Jaan_Tonisson_(Lasteleht), lk 287
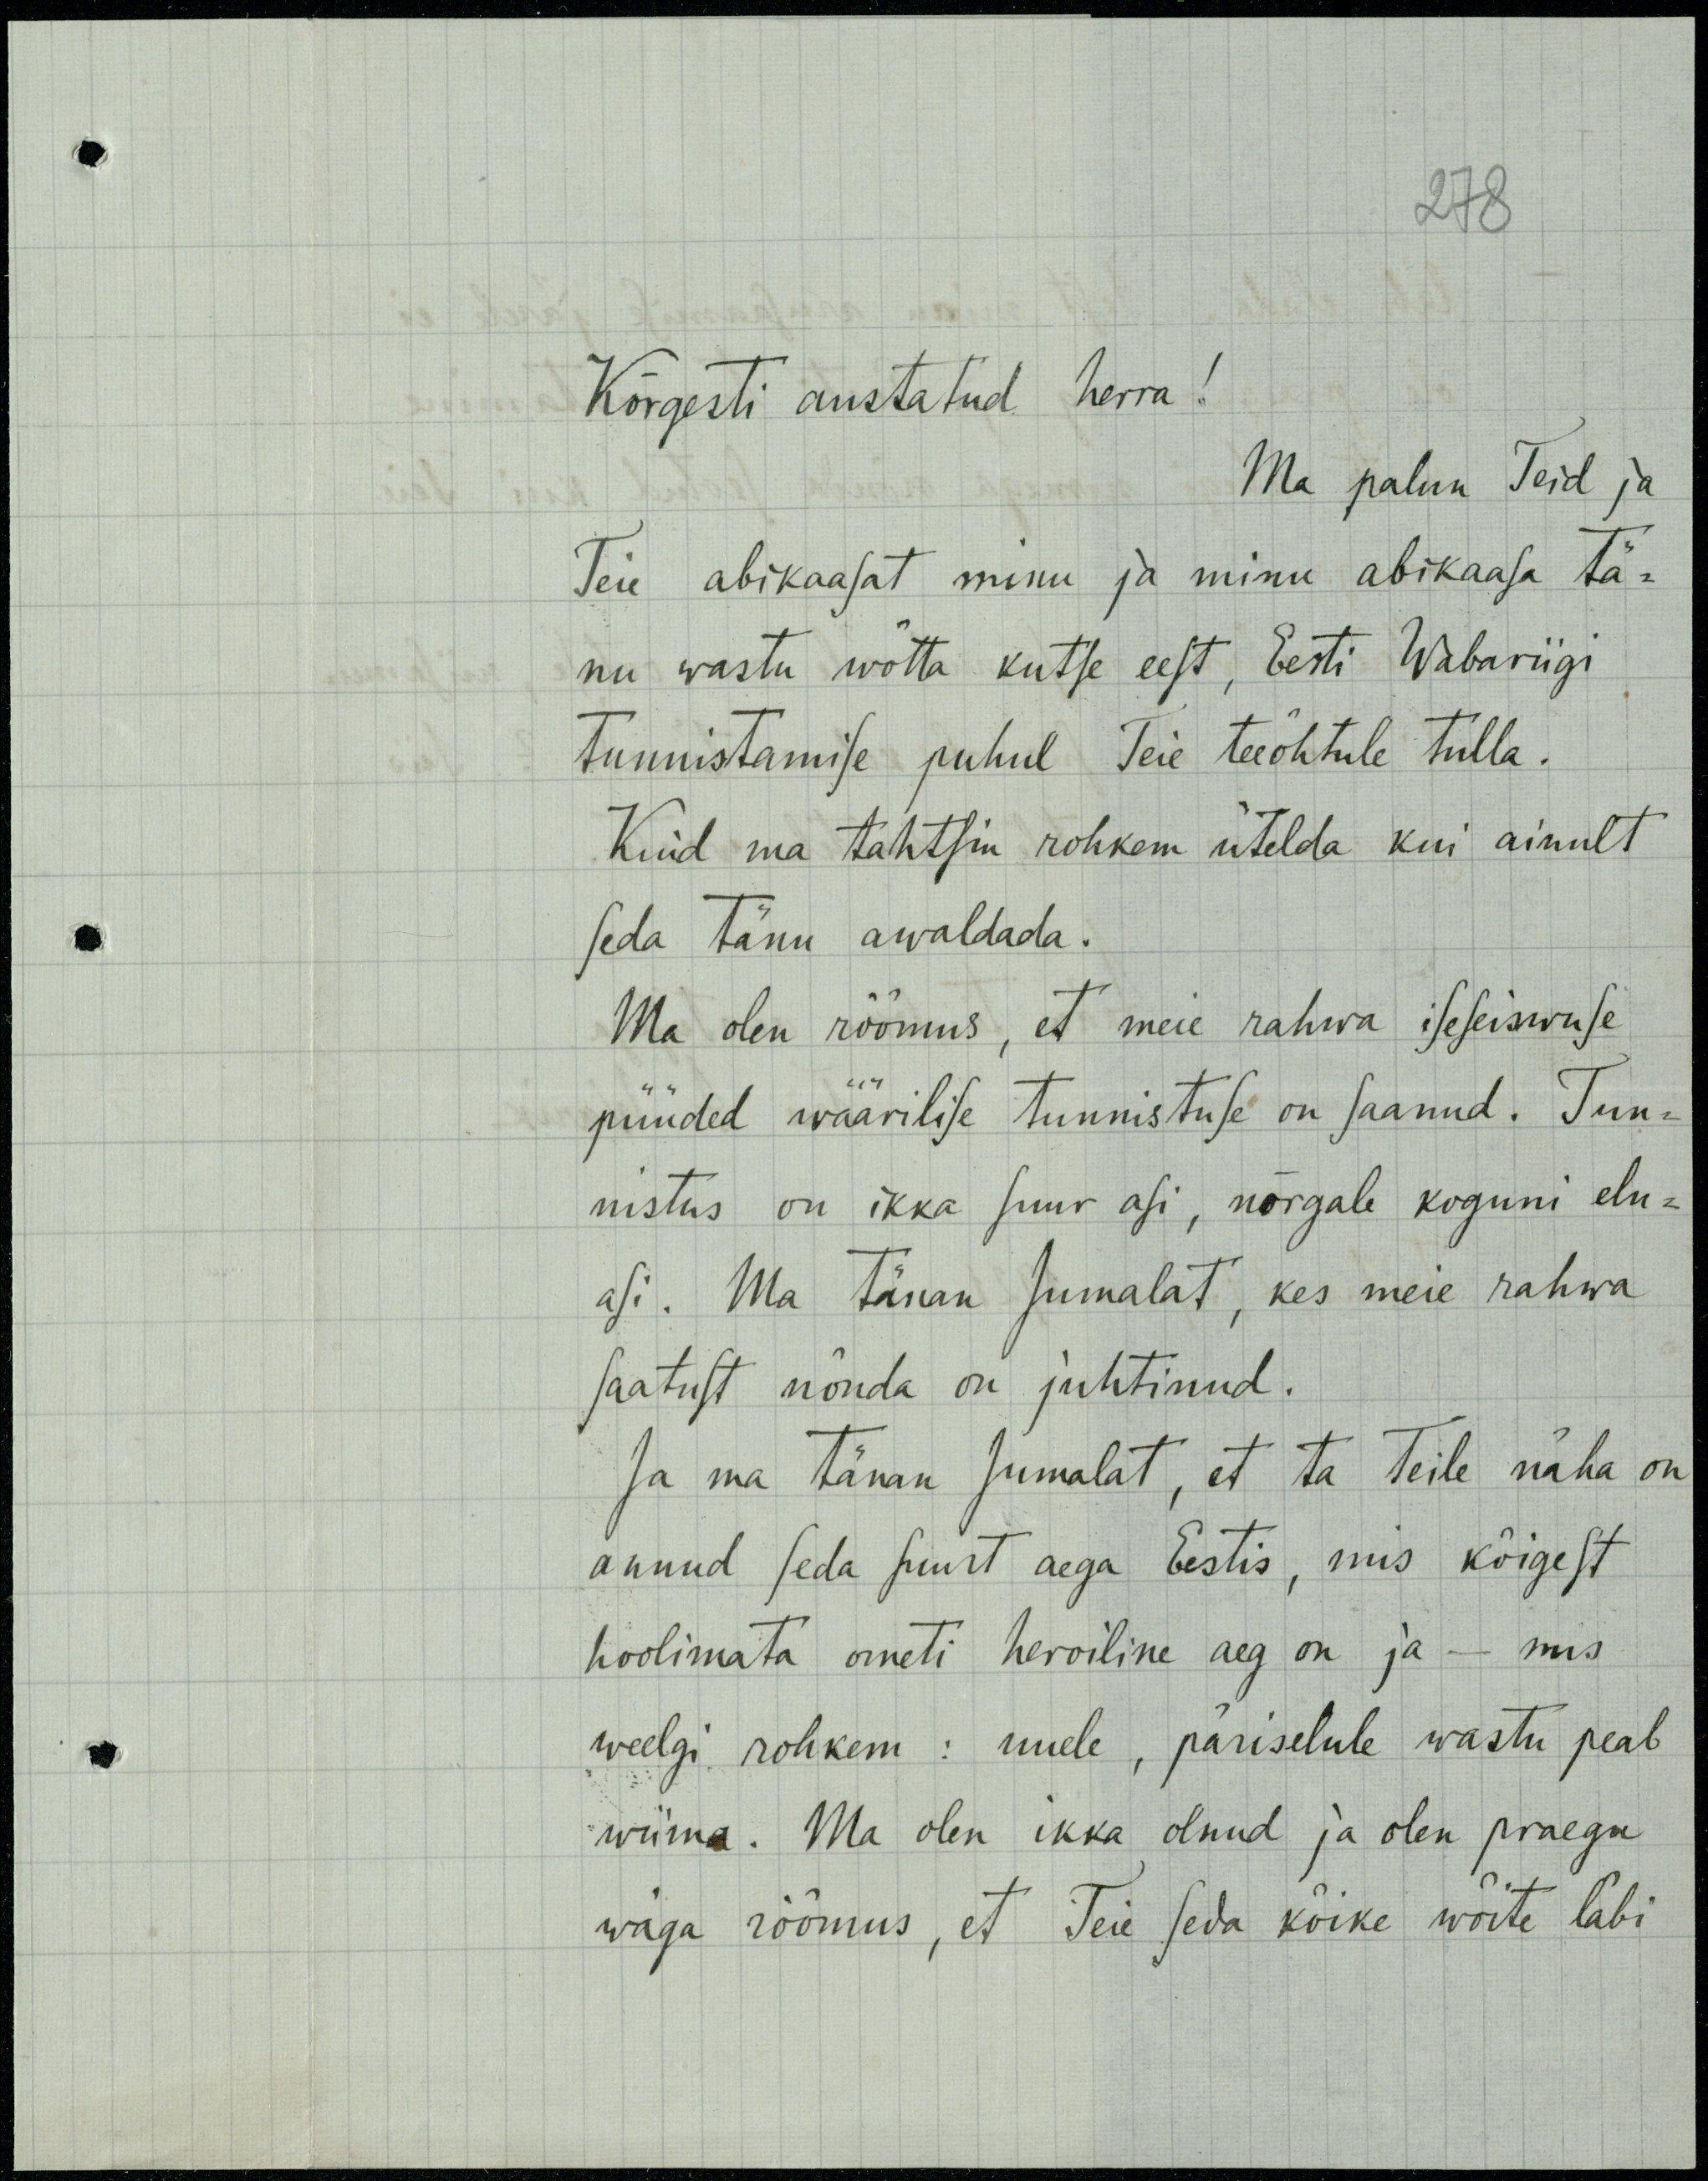
278
Kõrgesti austatud herra!
Ma palun Teid ja
Teie abikaasat minu ja minu abikaasa tä-
nu wastu wõtta kutse eest, Eesti Wabariigi
Tunnistamise puhul Teie teeõhtule tulla.
Kuid ma tahtsin rohkem ütelda kui ainult
seda tänu awaldada.
Ma olen rõõmus, et meie rahwa iseseiswuse
püüded wäärilise tunnistuse on saanud. Tun-
nistus on ikka suur asi, nõrgale koguni elu-
asi. Ma tänan Jumalat, kes meie rahwa
saatust nõnda on juhtinud.
Ja ma tänan Jumalat, et ta Teile näha on
annud seda suurt aega Eestis, mis kõigest
hoolimata ometi heroiline aeg on ja - mis
weelgi rohkem : uuele, päriselule wastu peab
wiima. Ma olen ikka olnud ja olen praegu
wäga rõõmus, et Teie seda kõike wõite läbi